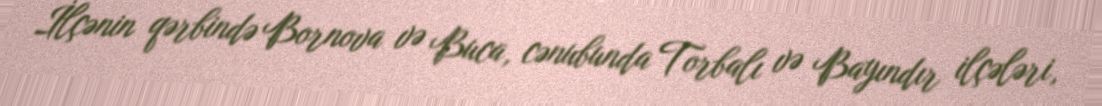
İlçənin qərbində Bornova və Buca, cənubunda Torbalı və Bayındır ilçələri,